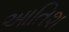
આતિશ